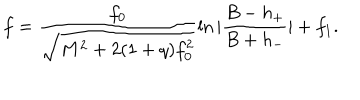
f = \frac { f _ { 0 } } { \sqrt { M ^ { 2 } + 2 ( 1 + q ) f _ { 0 } ^ { 2 } } } \ln | \frac { B - h _ { + } } { B + h _ { - } } | + f _ { 1 } .